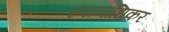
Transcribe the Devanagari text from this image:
स्वत्वाधिकर